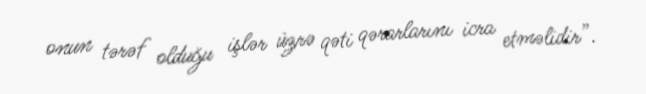
onun tərəf olduğu işlər üzrə qəti qərarlarını icra etməlidir”.